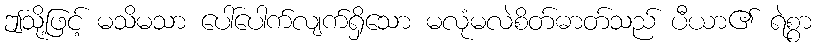
ဤသို့ဖြင့် မသိမသာ ပေါ်ပေါက်လျက်ရှိသော မလုံမလဲစိတ်ဓာတ်သည် ပီယာ၏ ရဲစွာ